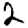
Digit: 2